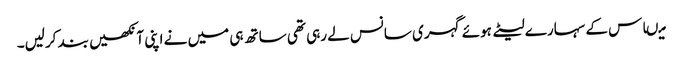
میںاس کے سہارے لیٹے ہوئے گہری سانس لے رہی تھی ساتھ ہی میں نے اپنی آنکھیں بند کرلیں۔